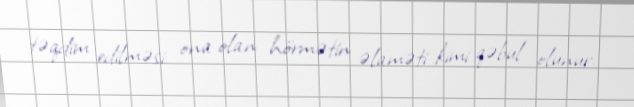
təqdim edilməsi ona olan hörmətin əlaməti kimi qəbul olunur.